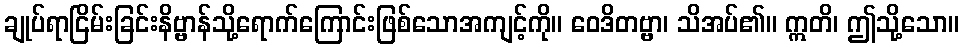
ချုပ်ရာငြိမ်းခြင်းနိဗ္ဗာန်သို့ရောက်ကြောင်းဖြစ်သောအကျင့်ကို။ ဝေဒိတဗ္ဗာ၊ သိအပ်၏။ ဣတိ၊ ဤသို့သော။